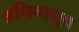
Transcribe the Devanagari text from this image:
अधिचाक्षुष